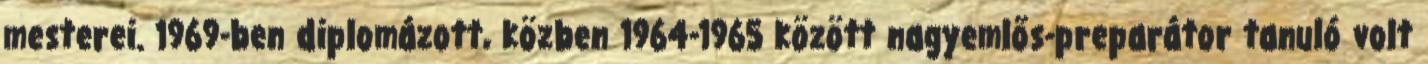
mesterei. 1969-ben diplomázott, közben 1964-1965 között nagyemlős-preparátor tanuló volt